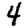
Digit: 4